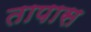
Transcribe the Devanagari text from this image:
तापास